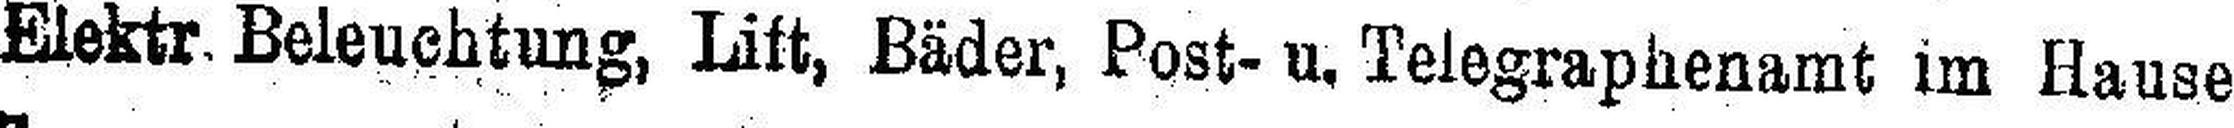
Elektr. Beleuchtung, Lift, Bäder, Post- u. Telegraphenamt im Hause